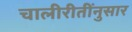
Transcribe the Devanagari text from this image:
चालीरीतींनुसार